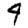
Digit: 4